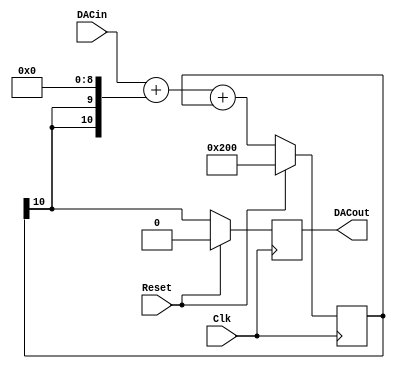
`timescale 1ns / 1ps
//////////////////////////////////////////////////////////////////////////////////
// Company: 
// Engineer: 
// 
// Design Name: 
// Module Name:    sigma_delta_dac 
// Project Name: 
// Target Devices: 
// Tool versions: 
// Description: 
//
// Dependencies: 
//
// Revision: 
// Revision 0.01 - File Created
// Additional Comments: 
//
//////////////////////////////////////////////////////////////////////////////////

`define MSBI 8 // Most significant Bit of DAC input

//This is a Delta-Sigma Digital to Analog Converter
module dac (DACout, DACin, Clk, Reset);
	output DACout; // This is the average output that feeds low pass filter
	input [`MSBI:0] DACin; // DAC input (excess 2**MSBI)
	input Clk;
	input Reset;

	reg DACout; // for optimum performance, ensure that this ff is in IOB
	reg [`MSBI+2:0] DeltaAdder; // Output of Delta adder
	reg [`MSBI+2:0] SigmaAdder; // Output of Sigma adder
	reg [`MSBI+2:0] SigmaLatch = 1'b1 << (`MSBI+1); // Latches output of Sigma adder
	reg [`MSBI+2:0] DeltaB; // B input of Delta adder

	always @(SigmaLatch) DeltaB = {SigmaLatch[`MSBI+2], SigmaLatch[`MSBI+2]} << (`MSBI+1);
	always @(DACin or DeltaB) DeltaAdder = DACin + DeltaB;
	always @(DeltaAdder or SigmaLatch) SigmaAdder = DeltaAdder + SigmaLatch;
	always @(posedge Clk)
	begin
		if(Reset)
		begin
			SigmaLatch <= #1 1'b1 << (`MSBI+1);
			DACout <= #1 1'b0;
		end
		else
		begin
			SigmaLatch <= #1 SigmaAdder;
			DACout <= #1 SigmaLatch[`MSBI+2];
		end
	end
endmodule


/*
The sound mix is controlled by port #F7 (sets the mix for the
currently selected PSG). There are two channels for the beeper.
When one channel is active the beeper is at the same volume level as
a single PSG channel at full volume. When both are active and have
the same pan it is then double the volume of a single PSG channel.
This approximates the relative loudness of the beeper on 128K
machines.

D6-7:	channel A
D4-5:	channel B
D3-2:	channel C
D1-0:	channel D (beeper)

Panning is limited to switching a channel on or off for a given
speaker. The bits are decoded as follows:

00 = mute
10 = left
01 = right
11 = both

The default port value on reset is zero (all channels off).
*/
module panner_and_mixer (
  input wire clk,
  input wire mrst_n,
  input wire [7:0] a,
  input wire iorq_n,
  input wire rd_n,
  input wire wr_n,
  input wire [7:0] din,
  output reg [7:0] dout,
  output reg oe_n,
  //--- SOUND SOURCES ---
  input wire mic,
  input wire ear,
  input wire spk,
  input wire [7:0] ay1_cha,
  input wire [7:0] ay1_chb,
  input wire [7:0] ay1_chc,
  input wire [7:0] ay2_cha,
  input wire [7:0] ay2_chb,
  input wire [7:0] ay2_chc,
  input wire [7:0] specdrum_left,
  input wire [7:0] specdrum_right,
  // --- OUTPUTs ---
  output wire output_left,
  output wire output_right
  );

  // Register accepts data from CPU
  reg [7:0] mixer = 8'b10011111; // ACB stereo mode, Specdrum and beeper on both channels
  always @(posedge clk) begin
    if (mrst_n == 1'b0)
      mixer <= 8'b10011111;
    else if (a == 8'hF7 && iorq_n == 1'b0 && wr_n == 1'b0)
      mixer <= din;
  end
   
  // CPU reads register
  always @* begin
    dout = mixer;
    if (a == 8'hF7 && iorq_n == 1'b0 && rd_n == 1'b0)
      oe_n = 1'b0;
    else
      oe_n = 1'b1;
  end
   
  // Mixer for EAR, MIC and SPK
  reg [7:0] beeper;
  always @* begin
    beeper = 8'd0;
    case ({ear,spk,mic})
      3'b000: beeper = 8'd0;
      3'b001: beeper = 8'd36;
      3'b010: beeper = 8'd184;
      3'b011: beeper = 8'd192;
      3'b100: beeper = 8'd64;
      3'b101: beeper = 8'd100;
      3'b110: beeper = 8'd248;
      3'b111: beeper = 8'd255;
    endcase
  end
  
  reg [8:0] mixleft = 9'h000;
  reg [8:0] mixright = 9'h000;
  reg [1:0] state_left = 2'd0;
  reg [1:0] state_right = 2'd0;
  
  // Envia muestras al canal izquierdo de aquellas fuentes de audio
  // que estn habilitadas para usar dicho canal.
  // Lo hace de tal formas que el en caso de que haya pocas fuentes de audio
  // cada una ser muestreada ms rapidamente que si hubiera muchas. De ah
  // que la mquina de estados sea peln ms compleja.

  // Se replica esta mquina de estados para el canal derecho.
  always @(posedge clk) begin
    case (state_left)
      2'd0:
      begin
        if (mixer[7]) begin
          mixleft <= ay1_cha + ay2_cha;
          state_left <= 2'd1;
        end
        else if (!mixer[7] && mixer[5]) begin
          mixleft <= ay1_chb + ay2_chb;
          state_left <= 2'd2;
        end
        else if (!mixer[7] && !mixer[5] && mixer[3]) begin
          mixleft <= ay1_chc + ay2_chc;
          state_left <= 2'd3;
        end
        else if (!mixer[7] && !mixer[5] && !mixer[3] && mixer[1]) begin
          mixleft <= beeper + specdrum_left;
          state_left <= 2'd0;
        end
      end
      
      2'd1:
      begin
        if (mixer[5]) begin
          mixleft <= ay1_chb + ay2_chb;
          state_left <= 2'd2;
        end
        else if (!mixer[5] && mixer[3]) begin
          mixleft <= ay1_chc + ay2_chc;
          state_left <= 2'd3;
        end
        else if (!mixer[5] && !mixer[3] && mixer[1]) begin
          mixleft <= beeper + specdrum_left;
          state_left <= 2'd0;
        end
      end
      
      2'd2:
      begin
        if (mixer[3]) begin
          mixleft <= ay1_chc + ay2_chc;
          state_left <= 2'd3;
        end
        else if (!mixer[3] && mixer[1]) begin
          mixleft <= beeper + specdrum_left;
          state_left <= 2'd0;
        end
      end
       
      2'd3:
      begin
        if (mixer[1]) begin
          mixleft <= beeper + specdrum_left;
          state_left <= 2'd0;
        end
      end

    endcase
  end
  
  // Lo mismo, pero para el canal derecho
  always @(posedge clk) begin
    case (state_right)
      2'd0:
      begin
        if (mixer[6]) begin
          mixright <= ay1_cha + ay2_cha;
          state_right <= 2'd1;
        end
        else if (!mixer[6] && mixer[4]) begin
          mixright <= ay1_chb + ay2_chb;
          state_right <= 2'd2;
        end
        else if (!mixer[6] && !mixer[4] && mixer[2]) begin
          mixright <= ay1_chc + ay2_chc;
          state_right <= 2'd3;
        end
        else if (!mixer[6] && !mixer[4] && !mixer[2] && mixer[0]) begin
          mixright <= beeper + specdrum_right;
          state_right <= 2'd0;
        end
      end
      
      2'd1:
      begin
        if (mixer[4]) begin
          mixright <= ay1_chb + ay2_chb;
          state_right <= 2'd2;
        end
        else if (!mixer[4] && mixer[2]) begin
          mixright <= ay1_chc + ay2_chc;
          state_right <= 2'd3;
        end
        else if (!mixer[4] && !mixer[2] && mixer[0]) begin
          mixright <= beeper + specdrum_right;
          state_right <= 2'd0;
        end
      end
      
      2'd2:
      begin
        if (mixer[2]) begin
          mixright <= ay1_chc + ay2_chc;
          state_right <= 2'd3;
        end
        else if (!mixer[2] && mixer[0]) begin
          mixright <= beeper + specdrum_right;
          state_right <= 2'd0;
        end
      end
       
      2'd3:
      begin
        if (mixer[0]) begin
          mixright <= beeper + specdrum_right;
          state_right <= 2'd0;
        end
      end

    endcase
  end
       
   // DACs
	dac audio_dac_left (
		.DACout(output_left),
		.DACin(mixleft),
		.Clk(clk),
		.Reset(!mrst_n)
		);
   
	dac audio_dac_right (
		.DACout(output_right),
		.DACin(mixright),
		.Clk(clk),
		.Reset(!mrst_n)
		);
endmodule